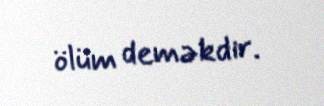
ölüm deməkdir.